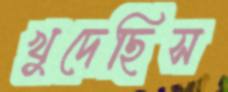
খুদেছিস